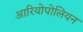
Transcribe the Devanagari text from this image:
आरियोपोलियन